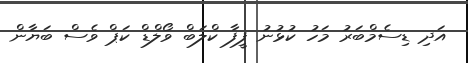
އަދި ޑިސެމްބަރު މަހު ކުޅުނު ފީފާ ކްލަބް ވޯލްޑް ކަޕް ވެސް ބަޔާން